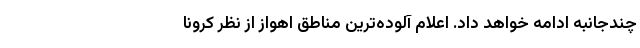
چندجانبه ادامه خواهد داد. اعلام آلوده‌ترین مناطق اهواز از نظر کرونا